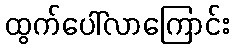
ထွက်ပေါ်လာကြောင်း